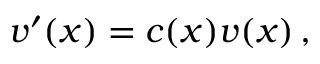
\boldsymbol { v } ^ { \prime } ( \boldsymbol { x } ) = c ( \boldsymbol { x } ) \boldsymbol { v } ( \boldsymbol { x } ) \, ,